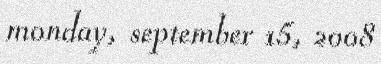
monday, september 15, 2008